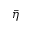
\bar { \eta }